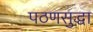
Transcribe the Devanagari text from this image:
पठणसुद्धा